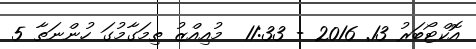
އޮކްޓޯބަރު 13